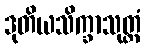
ဒုတိယသိက္ခာသုတ္တံ